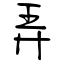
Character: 弄